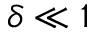
\delta \ll 1